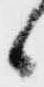
候